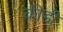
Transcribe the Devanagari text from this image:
कीडी